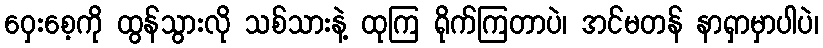
ဝှေးစေ့ကို ထွန်သွားလို သစ်သားနဲ့ ထုကြ ရိုက်ကြတာပဲ၊ အင်မတန် နာရှာမှာပါပဲ၊